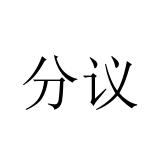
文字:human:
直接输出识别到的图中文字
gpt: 分议